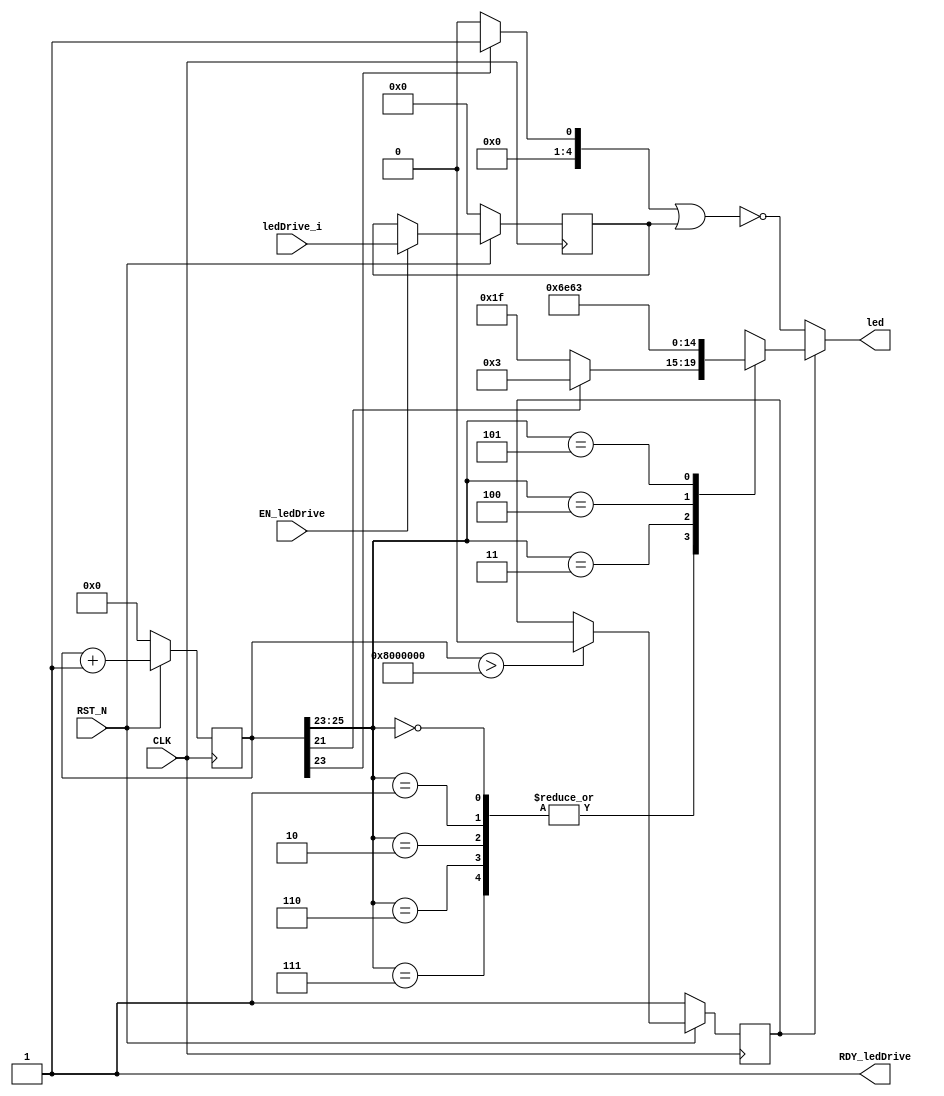
//
// Generated by Bluespec Compiler, version 2012.09.beta1 (build 29570, 2012-09.11)
//
// On Mon Nov  5 13:19:54 EST 2012
//
//
// Ports:
// Name                         I/O  size props
// RDY_ledDrive                   O     1 const
// led                            O     5
// CLK                            I     1 clock
// RST_N                          I     1 reset
// ledDrive_i                     I     5 reg
// EN_ledDrive                    I     1
//
// No combinational paths from inputs to outputs
//
//

`ifdef BSV_ASSIGNMENT_DELAY
`else
  `define BSV_ASSIGNMENT_DELAY
`endif

`ifdef BSV_POSITIVE_RESET
  `define BSV_RESET_VALUE 1'b1
  `define BSV_RESET_EDGE posedge
`else
  `define BSV_RESET_VALUE 1'b0
  `define BSV_RESET_EDGE negedge
`endif

module mkLedN210(CLK,
		 RST_N,

		 ledDrive_i,
		 EN_ledDrive,
		 RDY_ledDrive,

		 led);
  input  CLK;
  input  RST_N;

  // action method ledDrive
  input  [4 : 0] ledDrive_i;
  input  EN_ledDrive;
  output RDY_ledDrive;

  // value method led
  output [4 : 0] led;

  // signals for module outputs
  wire [4 : 0] led;
  wire RDY_ledDrive;

  // register doInit
  reg doInit;
  wire doInit$D_IN, doInit$EN;

  // register freeCnt
  reg [31 : 0] freeCnt;
  wire [31 : 0] freeCnt$D_IN;
  wire freeCnt$EN;

  // register ledReg
  reg [4 : 0] ledReg;
  wire [4 : 0] ledReg$D_IN;
  wire ledReg$EN;

  // remaining internal signals
  reg [4 : 0] CASE_freeCnt_BITS_25_TO_23_3_0_IF_freeCnt_BIT__ETC__q1;
  wire [4 : 0] x__h621, x__h622;

  // action method ledDrive
  assign RDY_ledDrive = 1'd1 ;

  // value method led
  assign led =
	     doInit ?
	       CASE_freeCnt_BITS_25_TO_23_3_0_IF_freeCnt_BIT__ETC__q1 :
	       ~x__h621 ;

  // register doInit
  assign doInit$D_IN = 1'd0 ;
  assign doInit$EN = freeCnt > 32'h08000000 ;

  // register freeCnt
  assign freeCnt$D_IN = freeCnt + 32'd1 ;
  assign freeCnt$EN = 1'd1 ;

  // register ledReg
  assign ledReg$D_IN = ledDrive_i ;
  assign ledReg$EN = EN_ledDrive ;

  // remaining internal signals
  assign x__h621 = x__h622 | ledReg ;
  assign x__h622 = freeCnt[23] ? 5'h01 : 5'h0 ;
  always@(freeCnt)
  begin
    case (freeCnt[25:23])
      3'd0, 3'd1, 3'd2, 3'd6, 3'd7:
	  CASE_freeCnt_BITS_25_TO_23_3_0_IF_freeCnt_BIT__ETC__q1 =
	      freeCnt[21] ? 5'd3 : 5'd31;
      3'd3: CASE_freeCnt_BITS_25_TO_23_3_0_IF_freeCnt_BIT__ETC__q1 = 5'd27;
      3'd4: CASE_freeCnt_BITS_25_TO_23_3_0_IF_freeCnt_BIT__ETC__q1 = 5'd19;
      3'd5: CASE_freeCnt_BITS_25_TO_23_3_0_IF_freeCnt_BIT__ETC__q1 = 5'd3;
    endcase
  end

  // handling of inlined registers

  always@(posedge CLK)
  begin
    if (RST_N == `BSV_RESET_VALUE)
      begin
        doInit <= `BSV_ASSIGNMENT_DELAY 1'd1;
	freeCnt <= `BSV_ASSIGNMENT_DELAY 32'd0;
	ledReg <= `BSV_ASSIGNMENT_DELAY 5'd0;
      end
    else
      begin
        if (doInit$EN) doInit <= `BSV_ASSIGNMENT_DELAY doInit$D_IN;
	if (freeCnt$EN) freeCnt <= `BSV_ASSIGNMENT_DELAY freeCnt$D_IN;
	if (ledReg$EN) ledReg <= `BSV_ASSIGNMENT_DELAY ledReg$D_IN;
      end
  end

  // synopsys translate_off
  `ifdef BSV_NO_INITIAL_BLOCKS
  `else // not BSV_NO_INITIAL_BLOCKS
  initial
  begin
    doInit = 1'h0;
    freeCnt = 32'hAAAAAAAA;
    ledReg = 5'h0A;
  end
  `endif // BSV_NO_INITIAL_BLOCKS
  // synopsys translate_on
endmodule  // mkLedN210